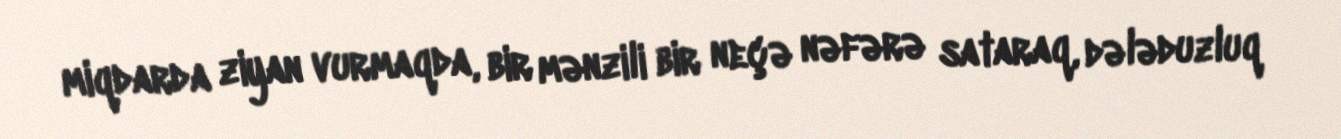
miqdarda ziyan vurmaqda, bir mənzili bir neçə nəfərə sataraq, dələduzluq